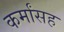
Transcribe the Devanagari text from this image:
कर्मांसह